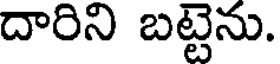
దారిని బట్టెను.